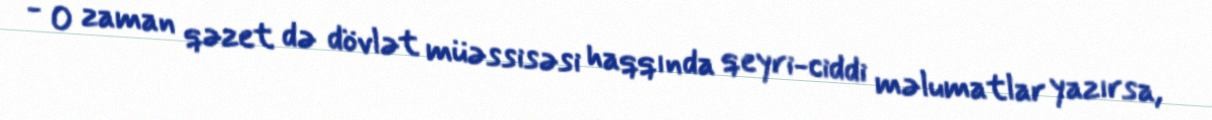
- O zaman qəzet də dövlət müəssisəsi haqqında qeyri-ciddi məlumatlar yazırsa,